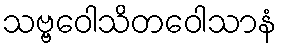
သဗ္ဗဝေါသိတဝေါသာနံ